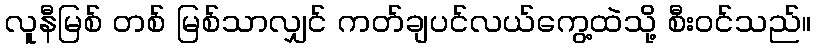
လူနီမြစ် တစ် မြစ်သာလျှင် ကတ်ချပင်လယ်ကွေ့ထဲသို့ စီးဝင်သည်။